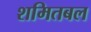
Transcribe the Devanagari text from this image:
शमितबल